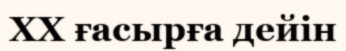
XX ғасырға дейін